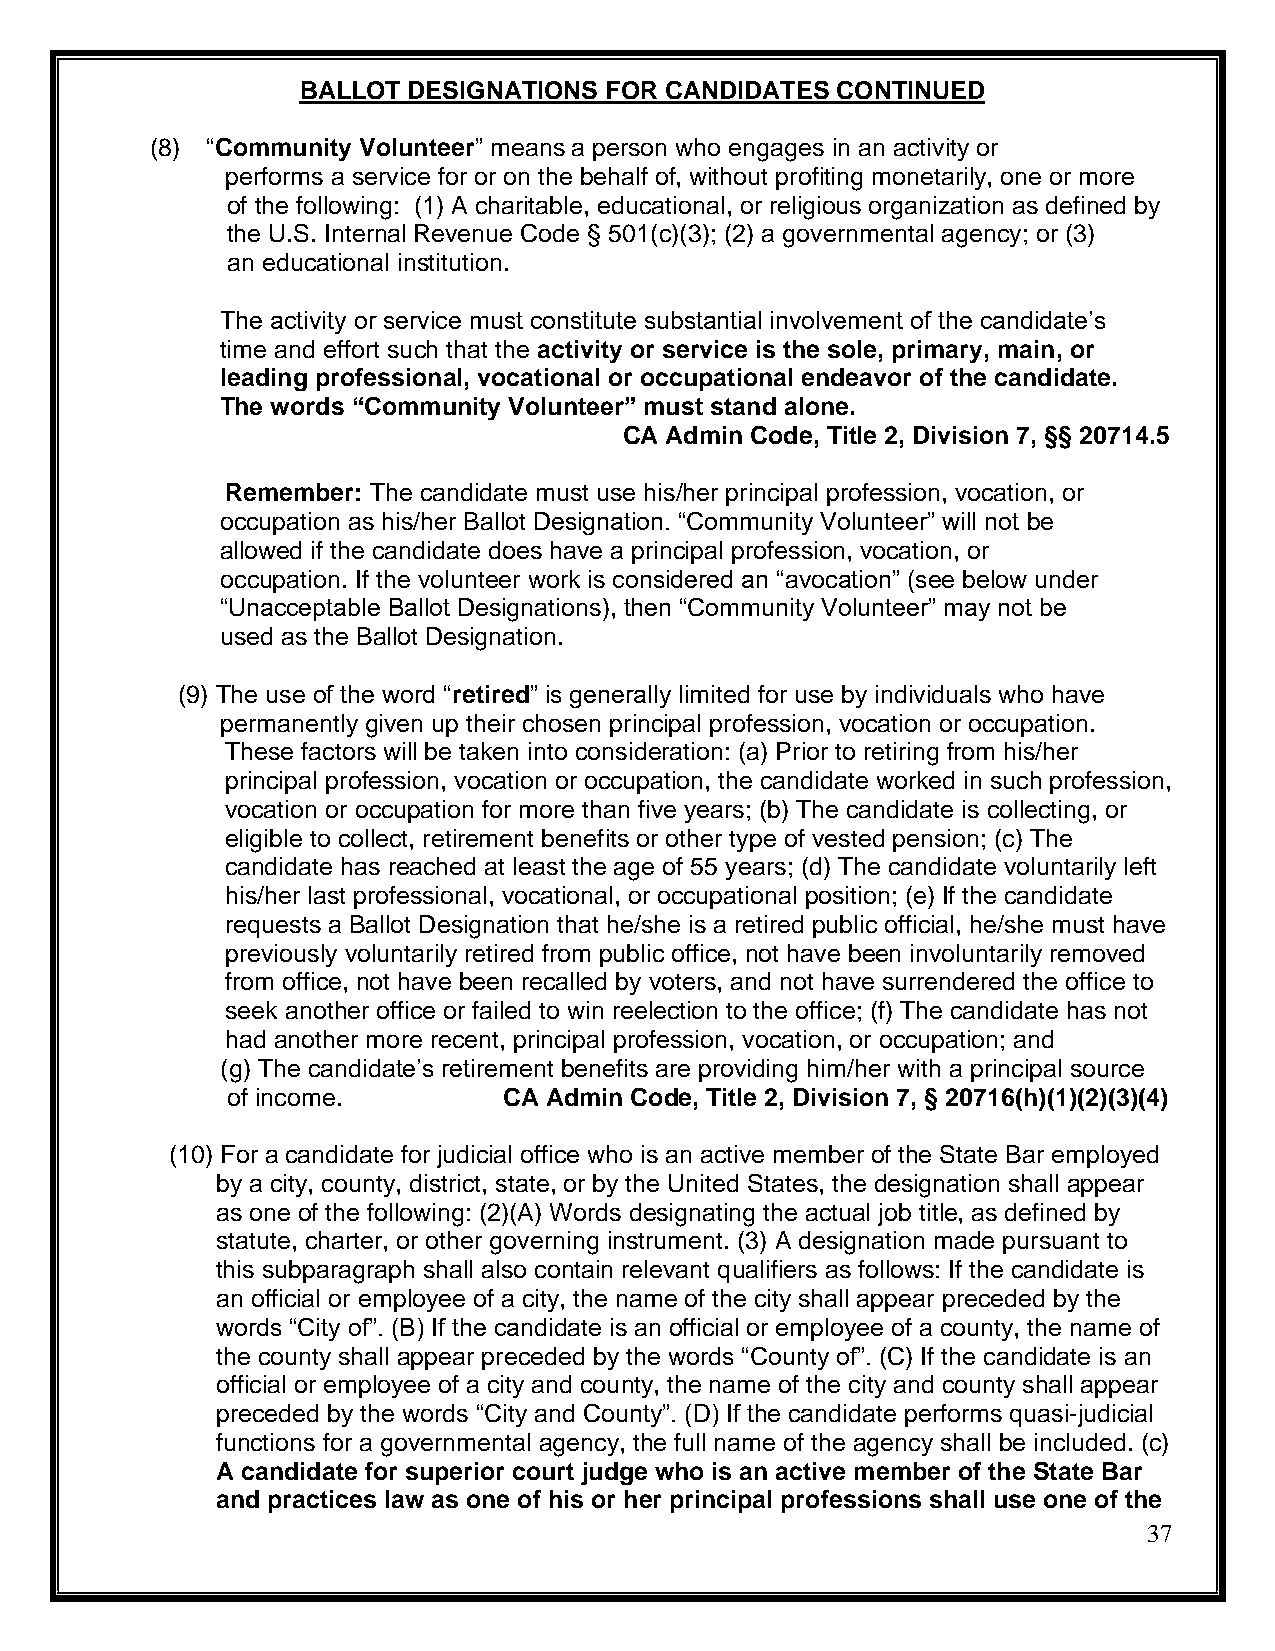
BALLOT DESIGNATIONS FOR CANDIDATES CONTINUED
 (8) “Community Volunteer” means a person who engages in an activity or
 performs a service for or on the behalf of, without profiting monetarily, one or more
 of the following: (1) A charitable, educational, or religious organization as defined by
 the U.S. Internal Revenue Code § 501(c)(3); (2) a governmental agency; or (3)
 an educational institution.
 The activity or service must constitute substantial involvement of the candidate’s
 time and effort such that the activity or service is the sole, primary, main, or
 leading professional, vocational or occupational endeavor of the candidate.
 The words “Community Volunteer” must stand alone.
 CA Admin Code, Title 2, Division 7, §§ 20714.5
 Remember: The candidate must use his/her principal profession, vocation, or
 occupation as his/her Ballot Designation. “Community Volunteer” will not be
 allowed if the candidate does have a principal profession, vocation, or
 occupation. If the volunteer work is considered an “avocation” (see below under
 “Unacceptable Ballot Designations), then “Community Volunteer” may not be
 used as the Ballot Designation.
 (9) The use of the word “retired” is generally limited for use by individuals who have
 permanently given up their chosen principal profession, vocation or occupation.
 These factors will be taken into consideration: (a) Prior to retiring from his/her
 principal profession, vocation or occupation, the candidate worked in such profession,
 vocation or occupation for more than five years; (b) The candidate is collecting, or
 eligible to collect, retirement benefits or other type of vested pension; (c) The
 candidate has reached at least the age of 55 years; (d) The candidate voluntarily left
 his/her last professional, vocational, or occupational position; (e) If the candidate
 requests a Ballot Designation that he/she is a retired public official, he/she must have
 previously voluntarily retired from public office, not have been involuntarily removed
 from office, not have been recalled by voters, and not have surrendered the office to
 seek another office or failed to win reelection to the office; (f) The candidate has not
 had another more recent, principal profession, vocation, or occupation; and
 (g) The candidate’s retirement benefits are providing him/her with a principal source
 of income.        CA Admin Code, Title 2, Division 7, § 20716(h)(1)(2)(3)(4)
 (10) For a candidate for judicial office who is an active member of the State Bar employed
 by a city, county, district, state, or by the United States, the designation shall appear
 as one of the following: (2)(A) Words designating the actual job title, as defined by
 statute, charter, or other governing instrument. (3) A designation made pursuant to
 this subparagraph shall also contain relevant qualifiers as follows: If the candidate is
 an official or employee of a city, the name of the city shall appear preceded by the
 words “City of”. (B) If the candidate is an official or employee of a county, the name of
 the county shall appear preceded by the words “County of”. (C) If the candidate is an
 official or employee of a city and county, the name of the city and county shall appear
 preceded by the words “City and County”. (D) If the candidate performs quasi-judicial
 functions for a governmental agency, the full name of the agency shall be included. (c)
 A candidate for superior court judge who is an active member of the State Bar
 and practices law as one of his or her principal professions shall use one of the
 37